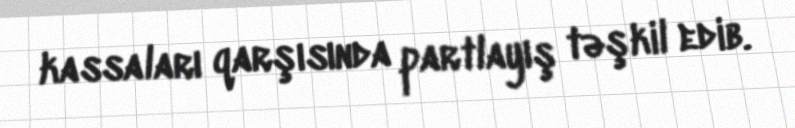
kassaları qarşısında partlayış təşkil edib.